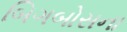
બિગબોસના